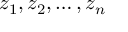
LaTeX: z _ { 1 } , z _ { 2 } , \dots , z _ { n }